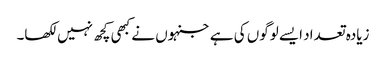
زیادہ تعداد ایسے لوگوں کی ہے جنہوں نے کبھی کچھ نہیں لکھا۔